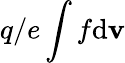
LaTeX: q/e\int f\mathrm{d}{\mathbf v}